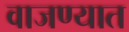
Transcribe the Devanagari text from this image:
वाजण्यात